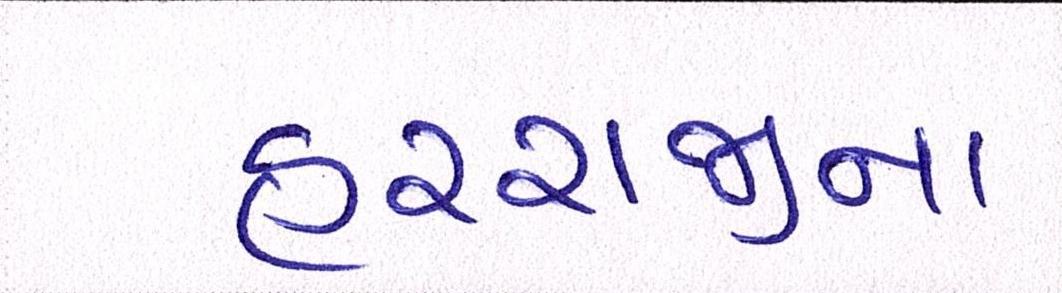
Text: હરરાજીના